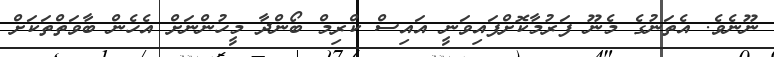
ނޫނެވެ. އެތަނުގެ މެނޫ ފަރުމާކޮށްފައިވަނީ އައިސް ކްރިމް ބޯންދާ މީހުންނަށް އެހެން ބާވަތްތަކަށް